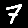
Digit: 7